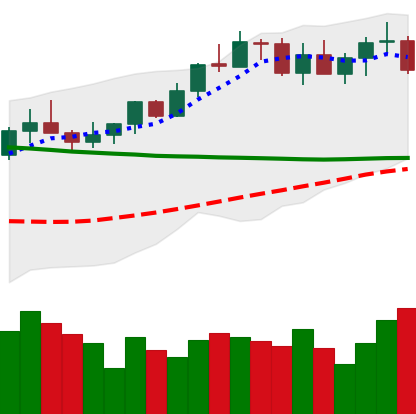
Ticker: XMR-USD
Chart end date: 2022-04-06
Forward return: 5.551%
Label: up_5_7